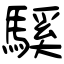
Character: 騱